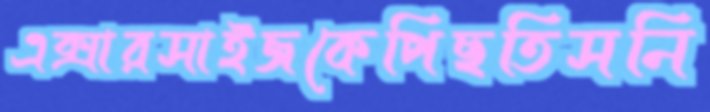
এক্সারসাইজকেপিছতিসনি